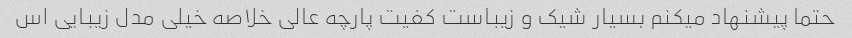
حتما پیشنهاد میکنم بسیار شیک و زیباست کفیت پارچه عالی خلاصه خیلی مدل زیبایی اس